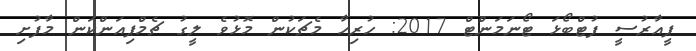
ޕީއާރުސީ ފުޓްބޯޅަ ޓޯނަމަންޓް 2017: ހުރިހާ މެޗަކުން މޮޅުވެ ލީގު ޗެމްޕިއަންކަން މާފުށި